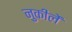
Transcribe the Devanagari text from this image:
नुकीलें